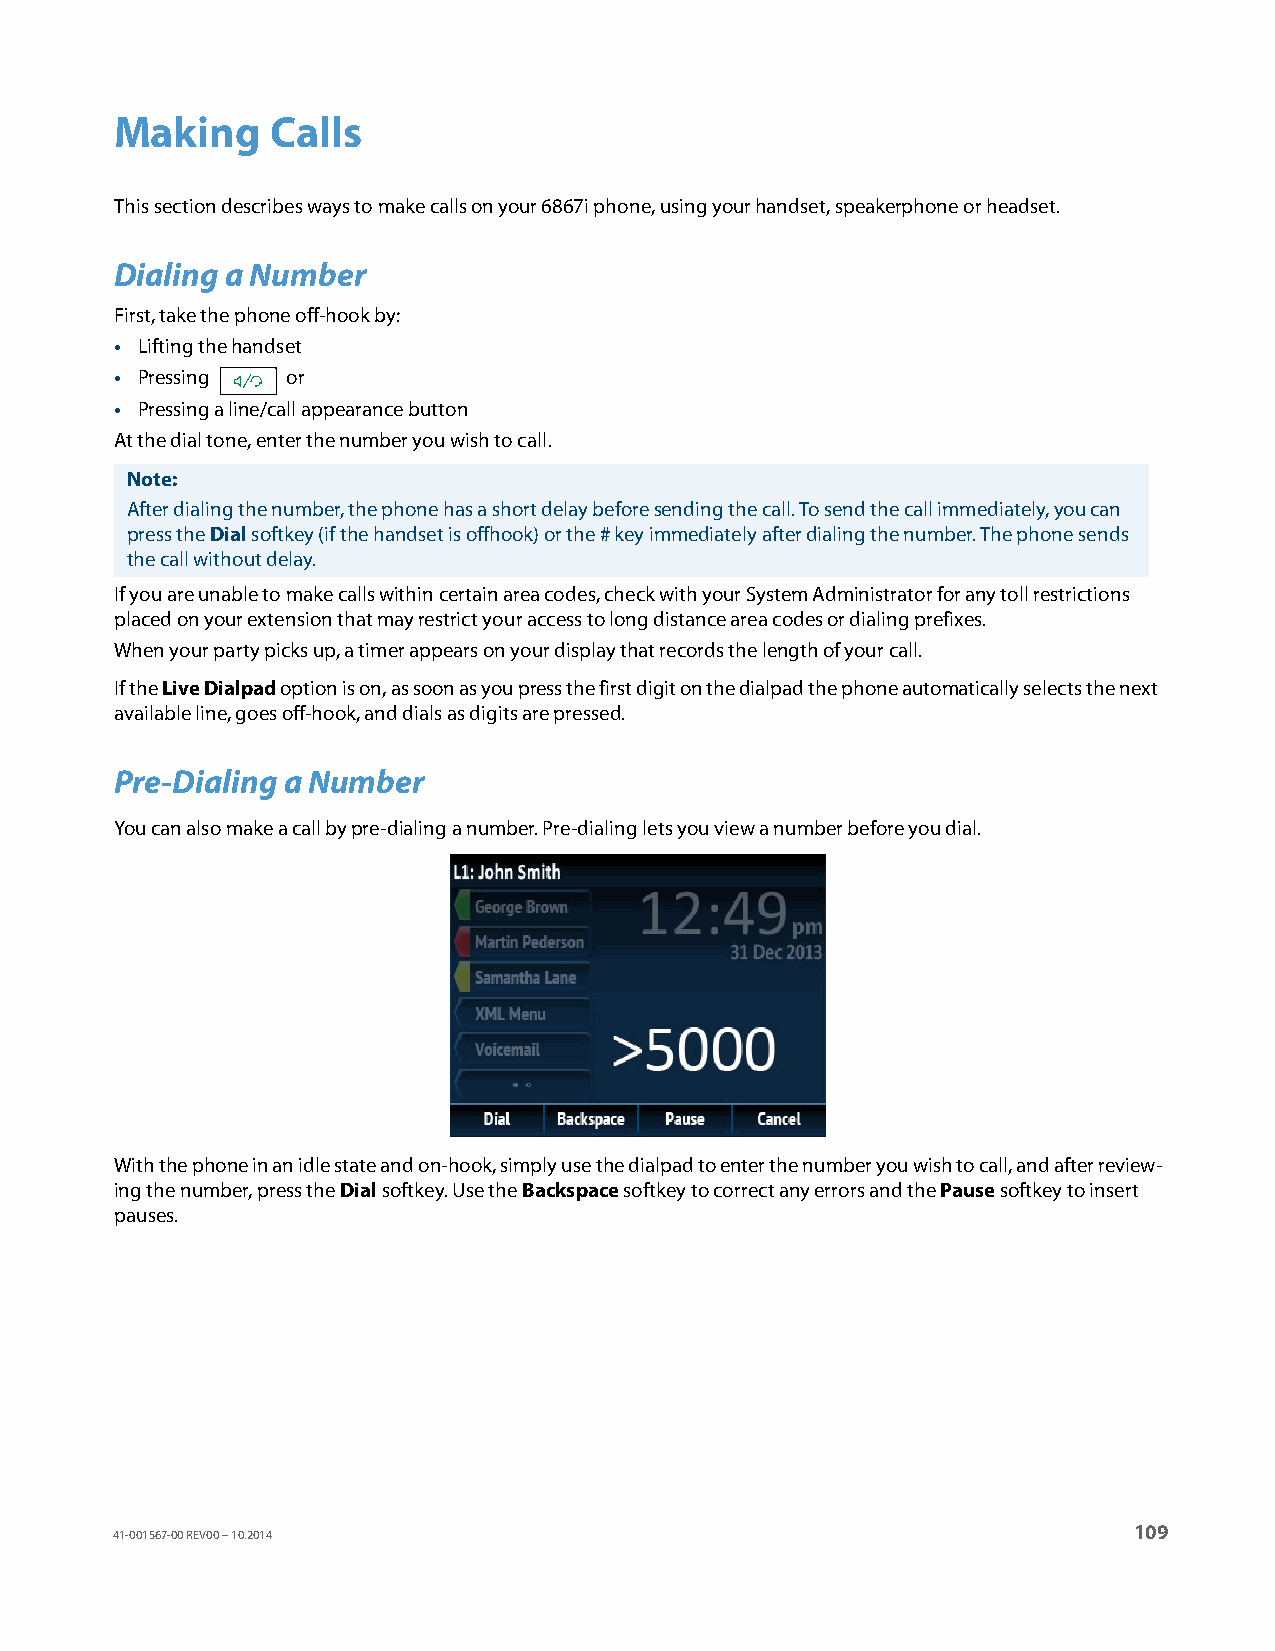
Making    Calls
 This section describes ways to make calls on your 6867i phone, using your handset, speakerphone or headset.
 Dialing a Number
 First, take the phone off-hook by:
 • Lifting the handset
 • Pressing or
 • Pressing a line/call appearance button
 At the dial tone, enter the number you wish to call.
 Note:
 After dialing the number, the phone has a short delay before sending the call. To send the call immediately, you can
 press the Dial softkey (if the handset is offhook) or the # key immediately after dialing the number. The phone sends
 the call without delay.
 If you are unable to make calls within certain area codes, check with your System Administrator for any toll restrictions
 placed on your extension that may restrict your access to long distance area codes or dialing prefixes.
 When your party picks up, a timer appears on your display that records the length of your call.
 If the Live Dialpad option is on, as soon as you press the first digit on the dialpad the phone automatically selects the next
 available line, goes off-hook, and dials as digits are pressed.
 Pre-Dialing a Number
 You can also make a call by pre-dialing a number. Pre-dialing lets you view a number before you dial.
 With the phone in an idle state and on-hook, simply use the dialpad to enter the number you wish to call, and after review-
 ing the number, press the Dial softkey. Use the Backspace softkey to correct any errors and the Pause softkey to insert
 pauses.
 109
 41-001567-00 REV00 – 10.2014